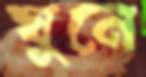
ঘুনে